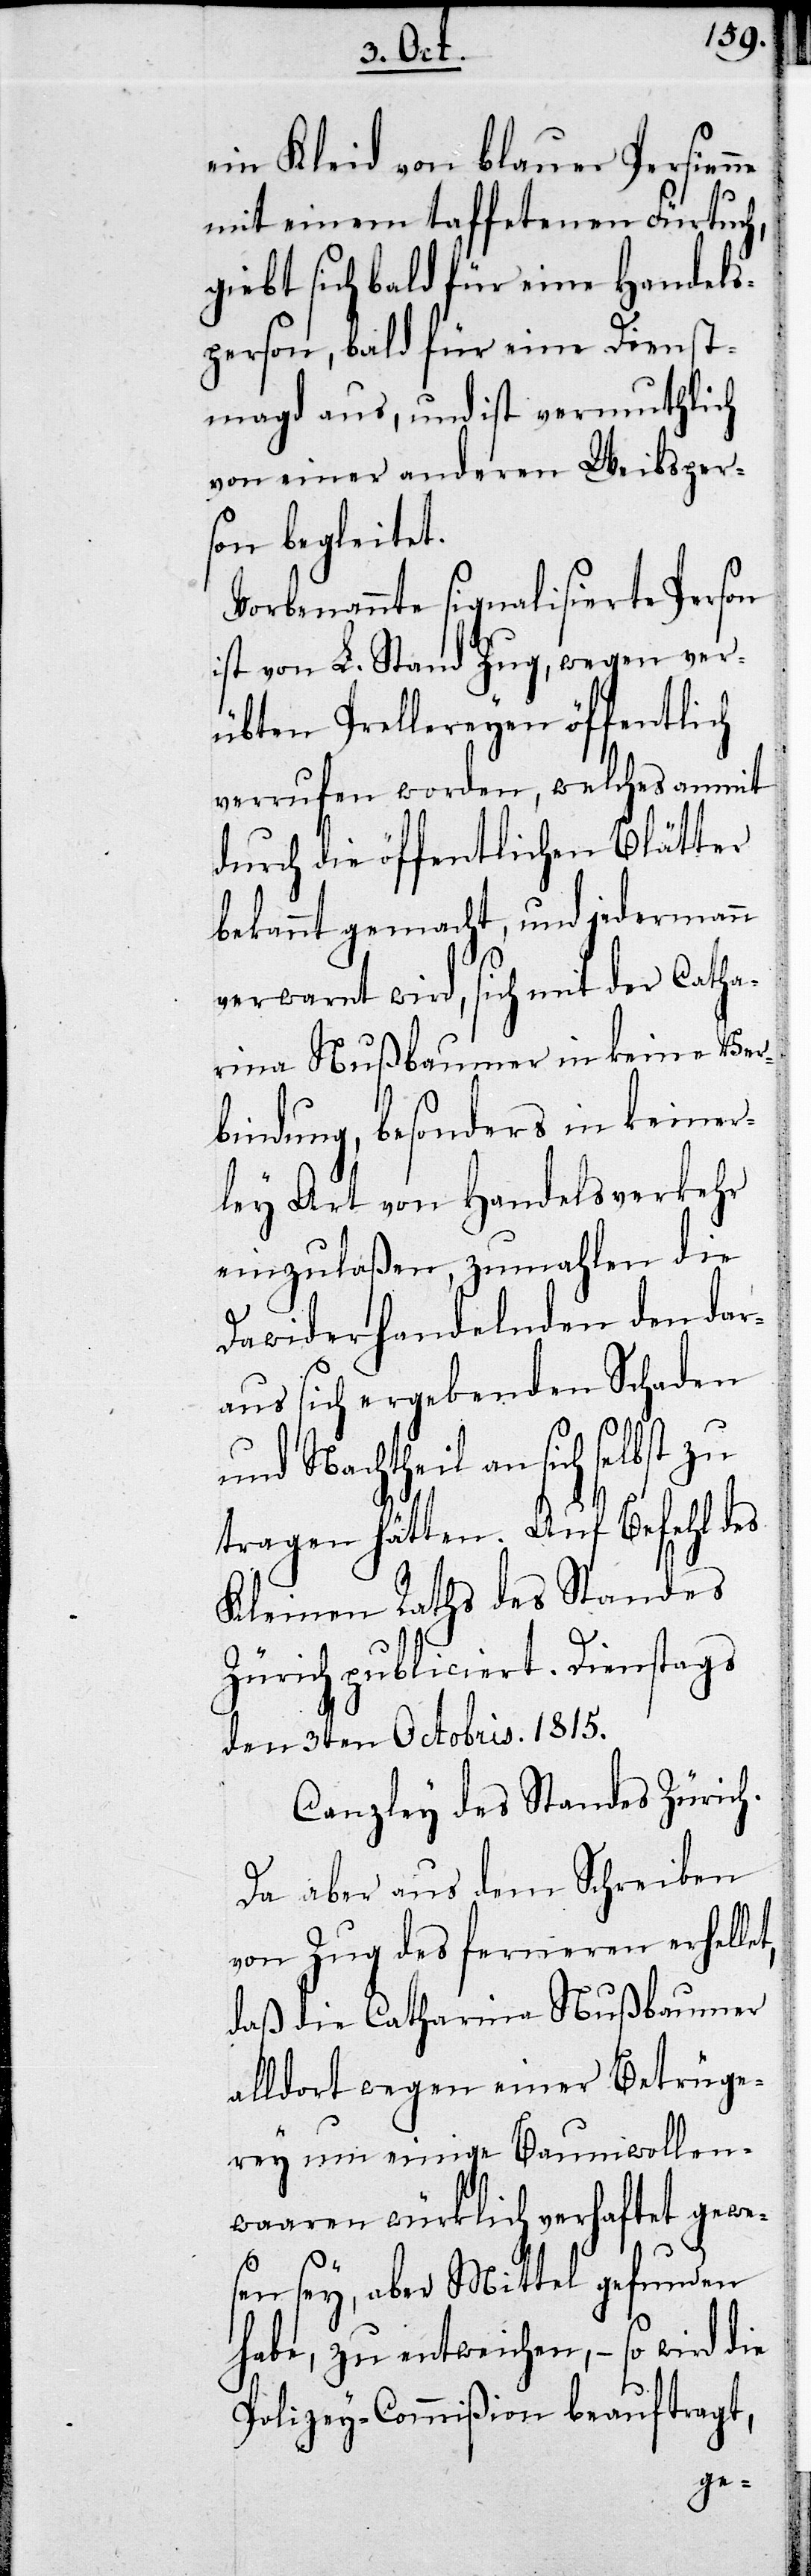
ein Kleid von blauer Persienne
mit einem taffetenen Fürtuch,
giebt sich bald für eine Handels¬
person, bald für eine Dienst¬
magd aus, und ist vermuthlich
von einer andern Weibsper¬
son begleitet.
Vorbenannte signalisierte Person
ist von L. Stand Zug, wegen ver¬
übten Prellereyen öffentlich
verrufen worden, welches anmit
bekannt gemacht, und jedermann
verwart wird, sich mit der Catha¬
rina Nußbaumer in keine Ver¬
bindung, besonders in keiner¬
ley Art von Handelsverkehr
einzulaßen, zumahlen die
Dawiderhandelnden den dar¬
aus sich ergebenden Schaden
und Nachtheil an sich selbst zu
tragen hätten. Auf Befehl des
Kleinen Raths des Standes
Zürich publiciert. Dienstags
den 3ten Octobris 1815.
Canzley des Standes Zürich.
Da aber aus dem Schreiben
von Zug des ferneren erhel¬
daß die Catharina Nußbaumer
alldort wegen einer Betrüge¬
rey um einige Baumwollen¬
waaren würklich verhaftet gewe¬
sen sey, aber Mittel gefunden
habe, zu entweichen, – so wird die
Polizey-Commißion beauftragt,
let,